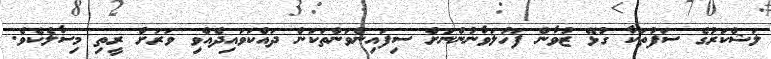
ލަޝްކަރުގެ ސަފުތަކާ ގުޅޭ ޒުވާން ފަހުލަވާނުންނަށް ސިފައިންވަންތަކަން ދައްކަވައިދެއްވި ވަރަށް ރީތި މިސާލެކެވެ.